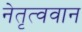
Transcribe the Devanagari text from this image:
नेतृत्ववान